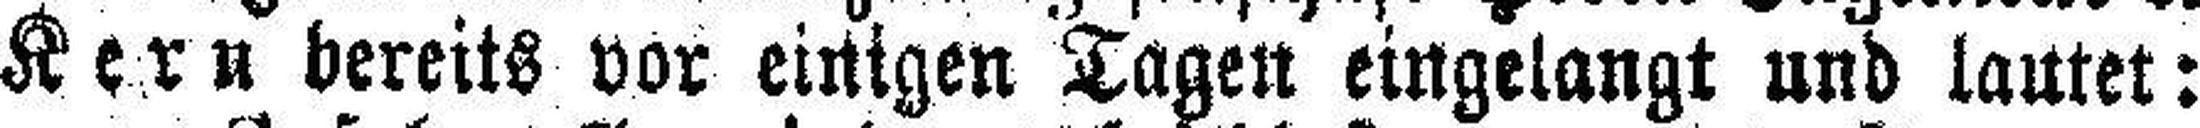
Kern bereits vor einigen Tagen eingelangt und lautet: